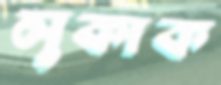
লুকাক